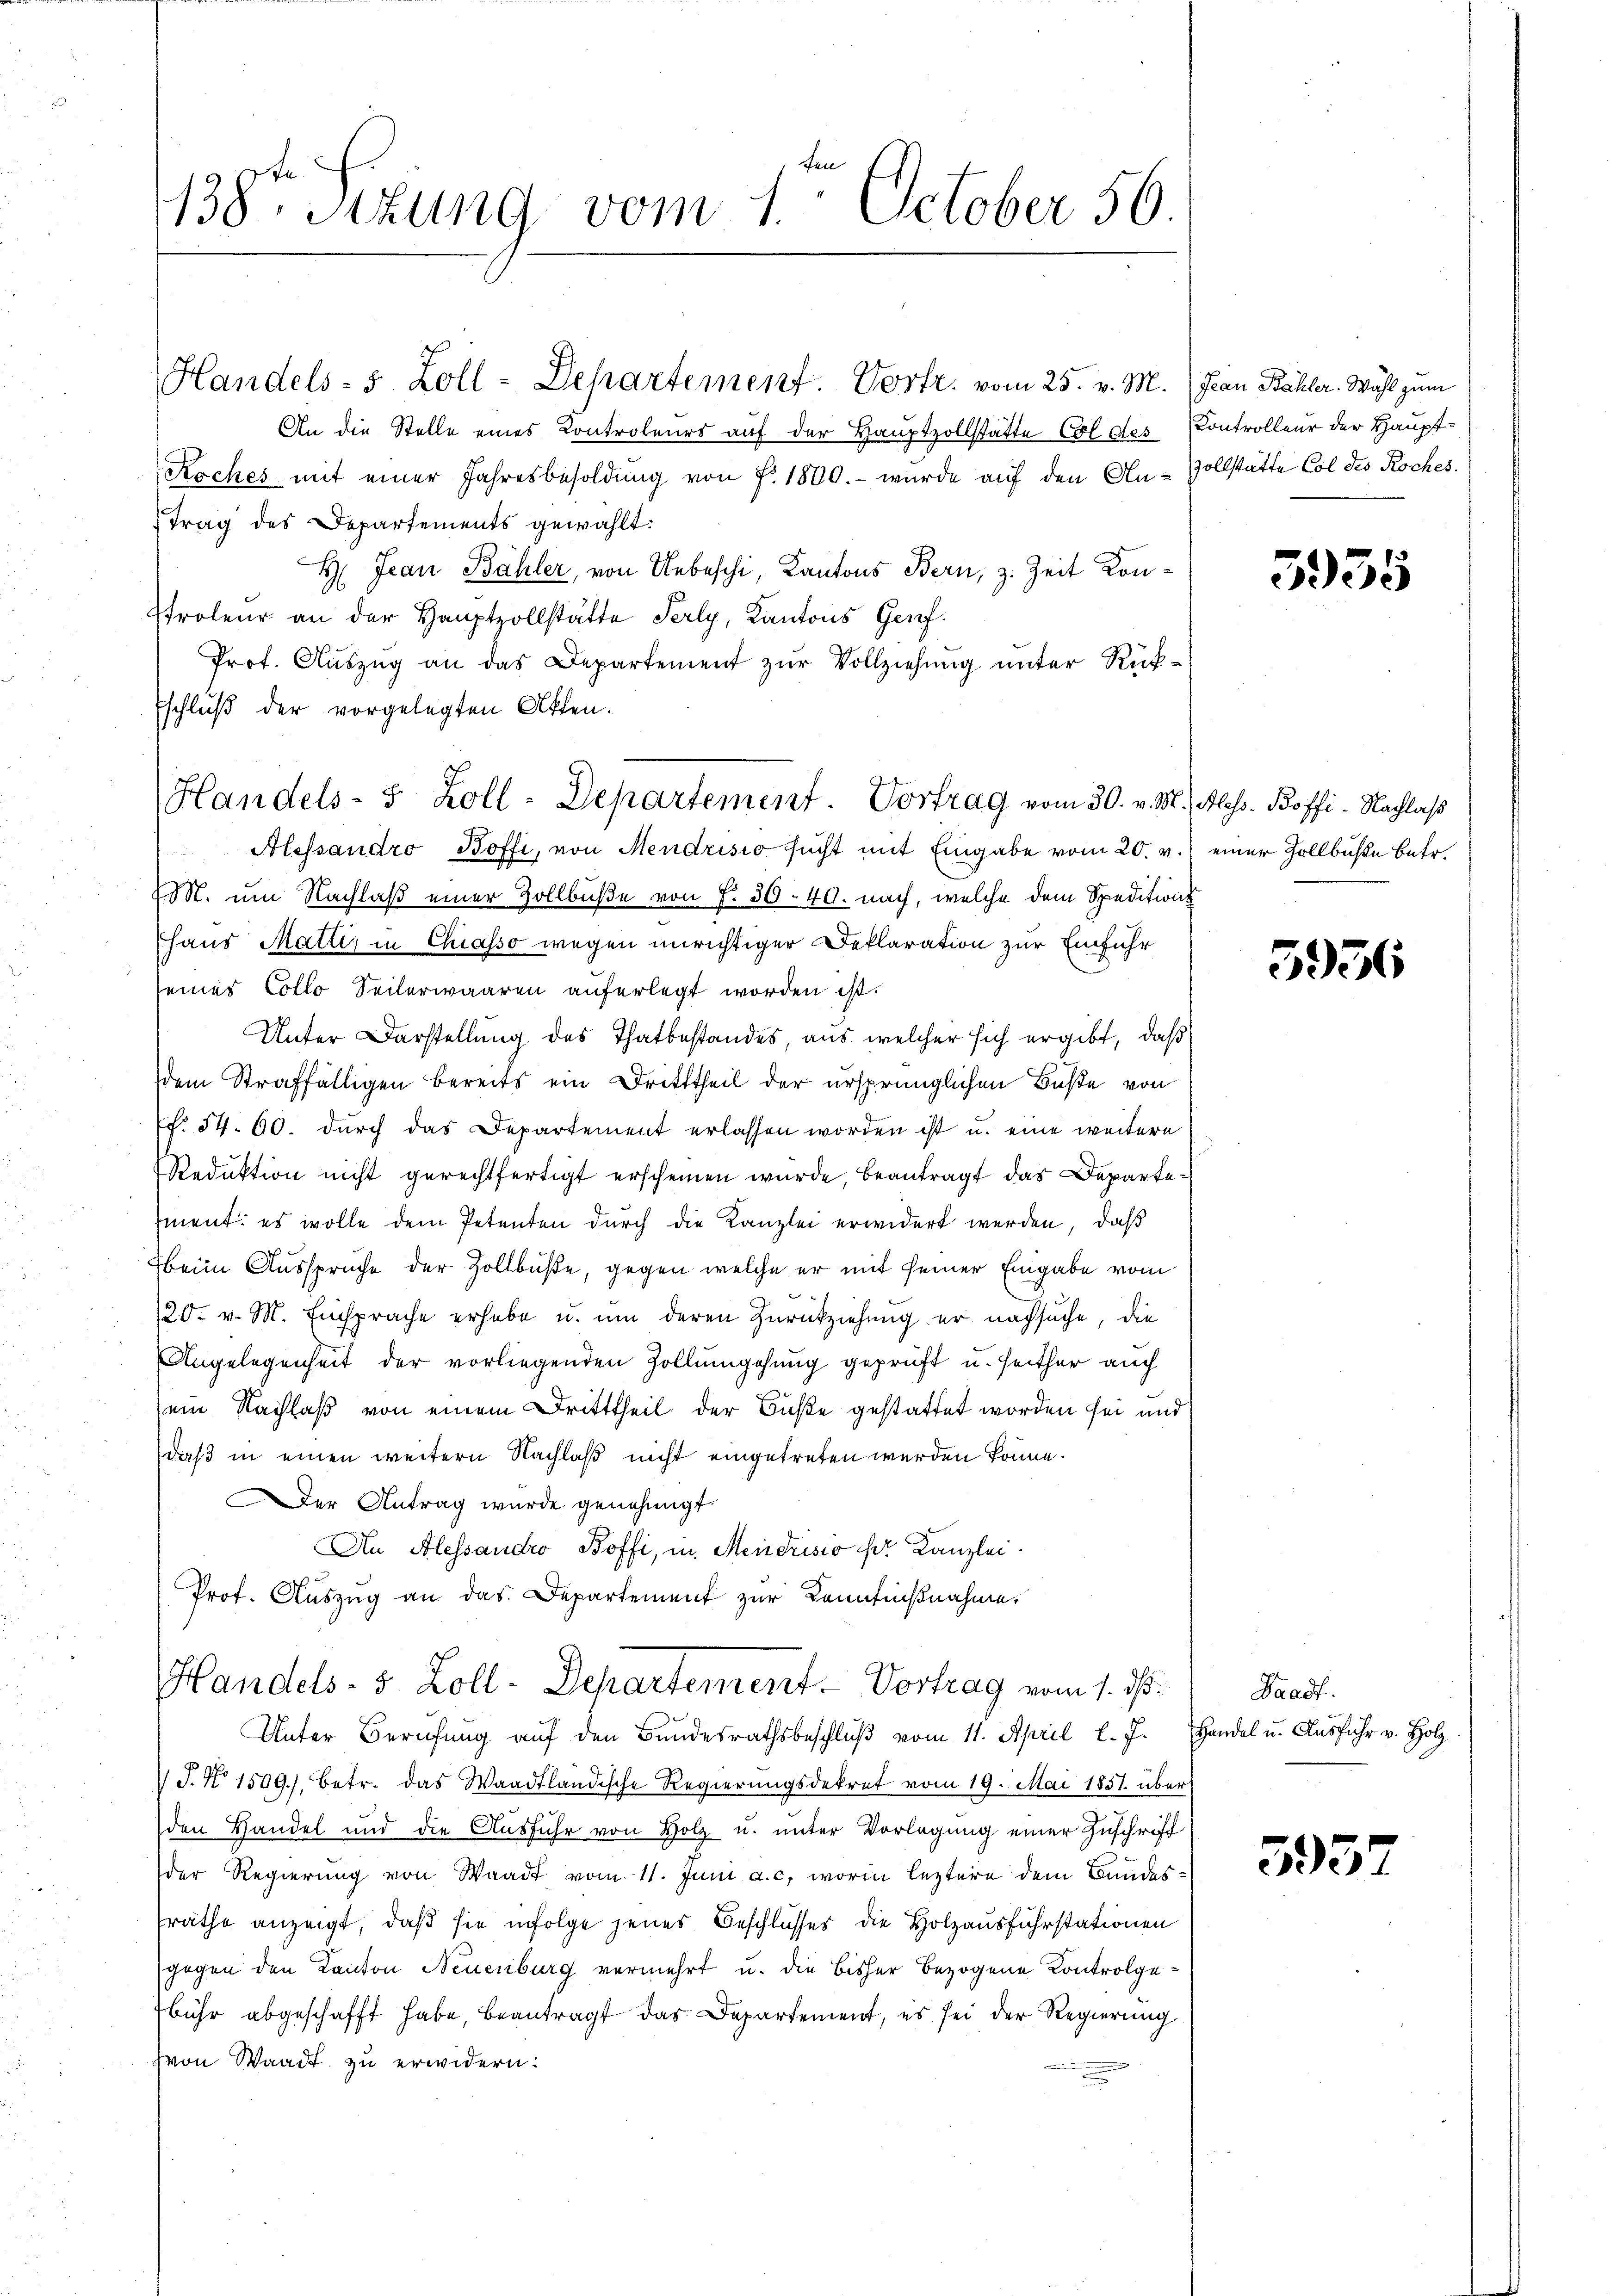
An die Stelle eines Controleurs auf der Hauptzollstatte Col des
Koches mit einer Jahresbesoldung von Fr. 1800.- wurde auf den Antrag des Departements gewählt:
H Jean Bähler, von Uebeschi, Cantons Bern, z. Zeit Kon¬
Proleur an der Hauptzollstätte Serly, Kantons Genf.
Prof. Aŭszŭg an das Departement zŭr Vollziehŭng ŭnter Rück-
Eschluß der vorgelegten Otten.
Alessandro Boffi, von Mendrisio sucht mit Eingabe vom 20. v. einer Zollbuße betr.
M. um Nachlaß einer Zollbuße von f. 30. 40. nach, welche dem Speditions
haus Matt, in Chiasso wegen unrichtiger Deklaration zur Einführ
seines Collo Seiterwaaren auferlegt worden ist.
Unter Darstellung des Thatbestandes, aus welcher sich ergibt, daß
dem Straffälligen bereits ein Dritttheil der ursprünglichen Buße von
NNo. 54. 60. dŭrch das Departement erlassen worden ist u. eine weitere
Reduktion nicht gerechtfertigt erscheinen wurde, beantragt das Departement: es wolle dem Petenten durch die Kanzlei erwidert werden, daß
beim Ausspruche der Zollbüße, gegen welche er mit seiner Eingabe vom
20. v. M. Einsprache erhabe u. um deren Zurückziehung er nachsuche, die
Angelegenheit der vorliegenden Zollumgehung geprüft u. seither auch
ein Nachlaß von einem Dritttheil der Buße gestattet worden sei und
daß in einen weitern Nachlaß nicht eingetreten werden könne.
er Antrag wurde genehmigt
An Alessandro Boffi, in Mendrisio der Kanzlei.
Prof. Auszug an das Departement zur Kenntnißnahme.

138ten Sizung vom 1. October 56

Handels- 5. Zoll-Departement. Vortr. vom 25. v. M.

Handels- 5 Zoll-Departement. Vortrag vom 30. v. M.

Handels- 5 Zoll-Departement. Vortrag vom 1. ds.

Unter Berufung aŭf den Bŭndesrathsbeschlŭβ vom 11. April l. J. Handel u. Aŭsführ v. Holz
 J. No 1509), betr. das Waadtländische Regierungsdekret vom 19. Mai 1857 über
den Handel und die Ausfuhr von Holz u. unter Vorlegung einer Zuschrift
der Regierung von Waadt vom 11. Juni a. c. worin leztere dem Bundes-
sräthe anzeigt, daß sie infolge jenes Beschlusses die Holzausfuhrstationen
gegen den Kanton Neuenburg vermehrt u. die bisher bezogene Kontrolgebühr abgeschafft habe, beantragt das Departement, es sei der Regierung
von Waadt zu erwidern.

Jean Bähler. Wahl zum
Controlleur der Hauptzollstätte Col des Roches.

5935

Aless. Boffi-Nachlaß

5936

Waadt.

3957